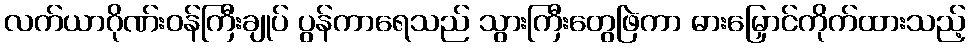
လက်ယာဂိုဏ်းဝန်ကြီးချုပ် ပွန်ကာရေသည် သွားကြီးတွေဖြဲကာ ဓားမြှောင်ကိုက်ထားသည့်